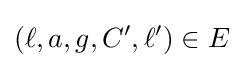
(\ell ,a,g,C',\ell ')\in E